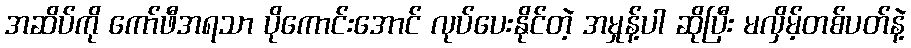
အဆိပ်ကို ကော်ဖီအရသာ ပိုကောင်းအောင် လုပ်ပေးနိုင်တဲ့ အမှုန့်ပါ ဆိုပြီး မလှိမ့်တစ်ပတ်နဲ့